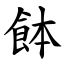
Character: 䬱